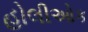
હોલીઓક